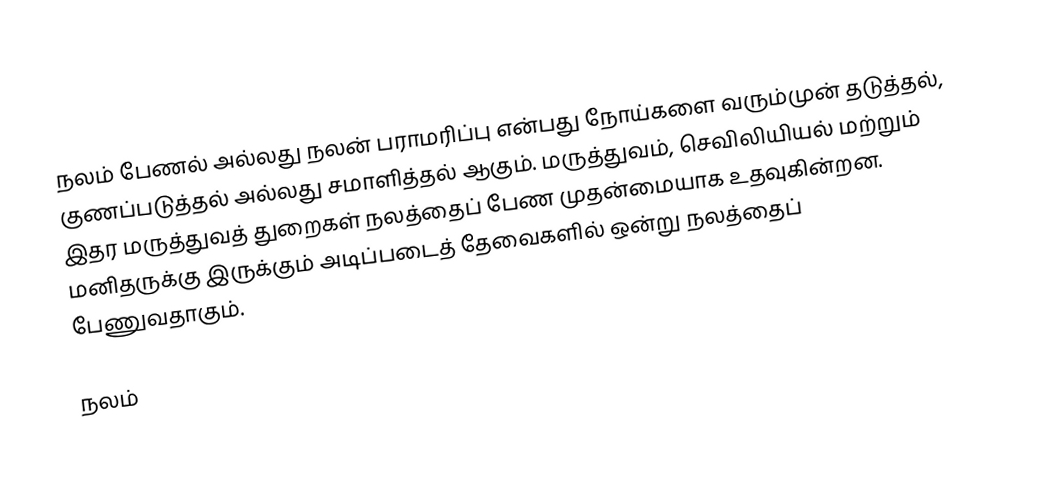
நலம் பேணல் அல்லது நலன் பராமரிப்பு என்பது நோய்களை வரும்முன் தடுத்தல், குணப்படுத்தல் அல்லது சமாளித்தல் ஆகும். மருத்துவம், செவிலியியல் மற்றும் இதர மருத்துவத் துறைகள் நலத்தைப் பேண முதன்மையாக உதவுகின்றன. மனிதருக்கு இருக்கும் அடிப்படைத் தேவைகளில் ஒன்று நலத்தைப் பேணுவதாகும்.

நலம்